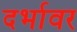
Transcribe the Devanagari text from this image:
दर्भावर